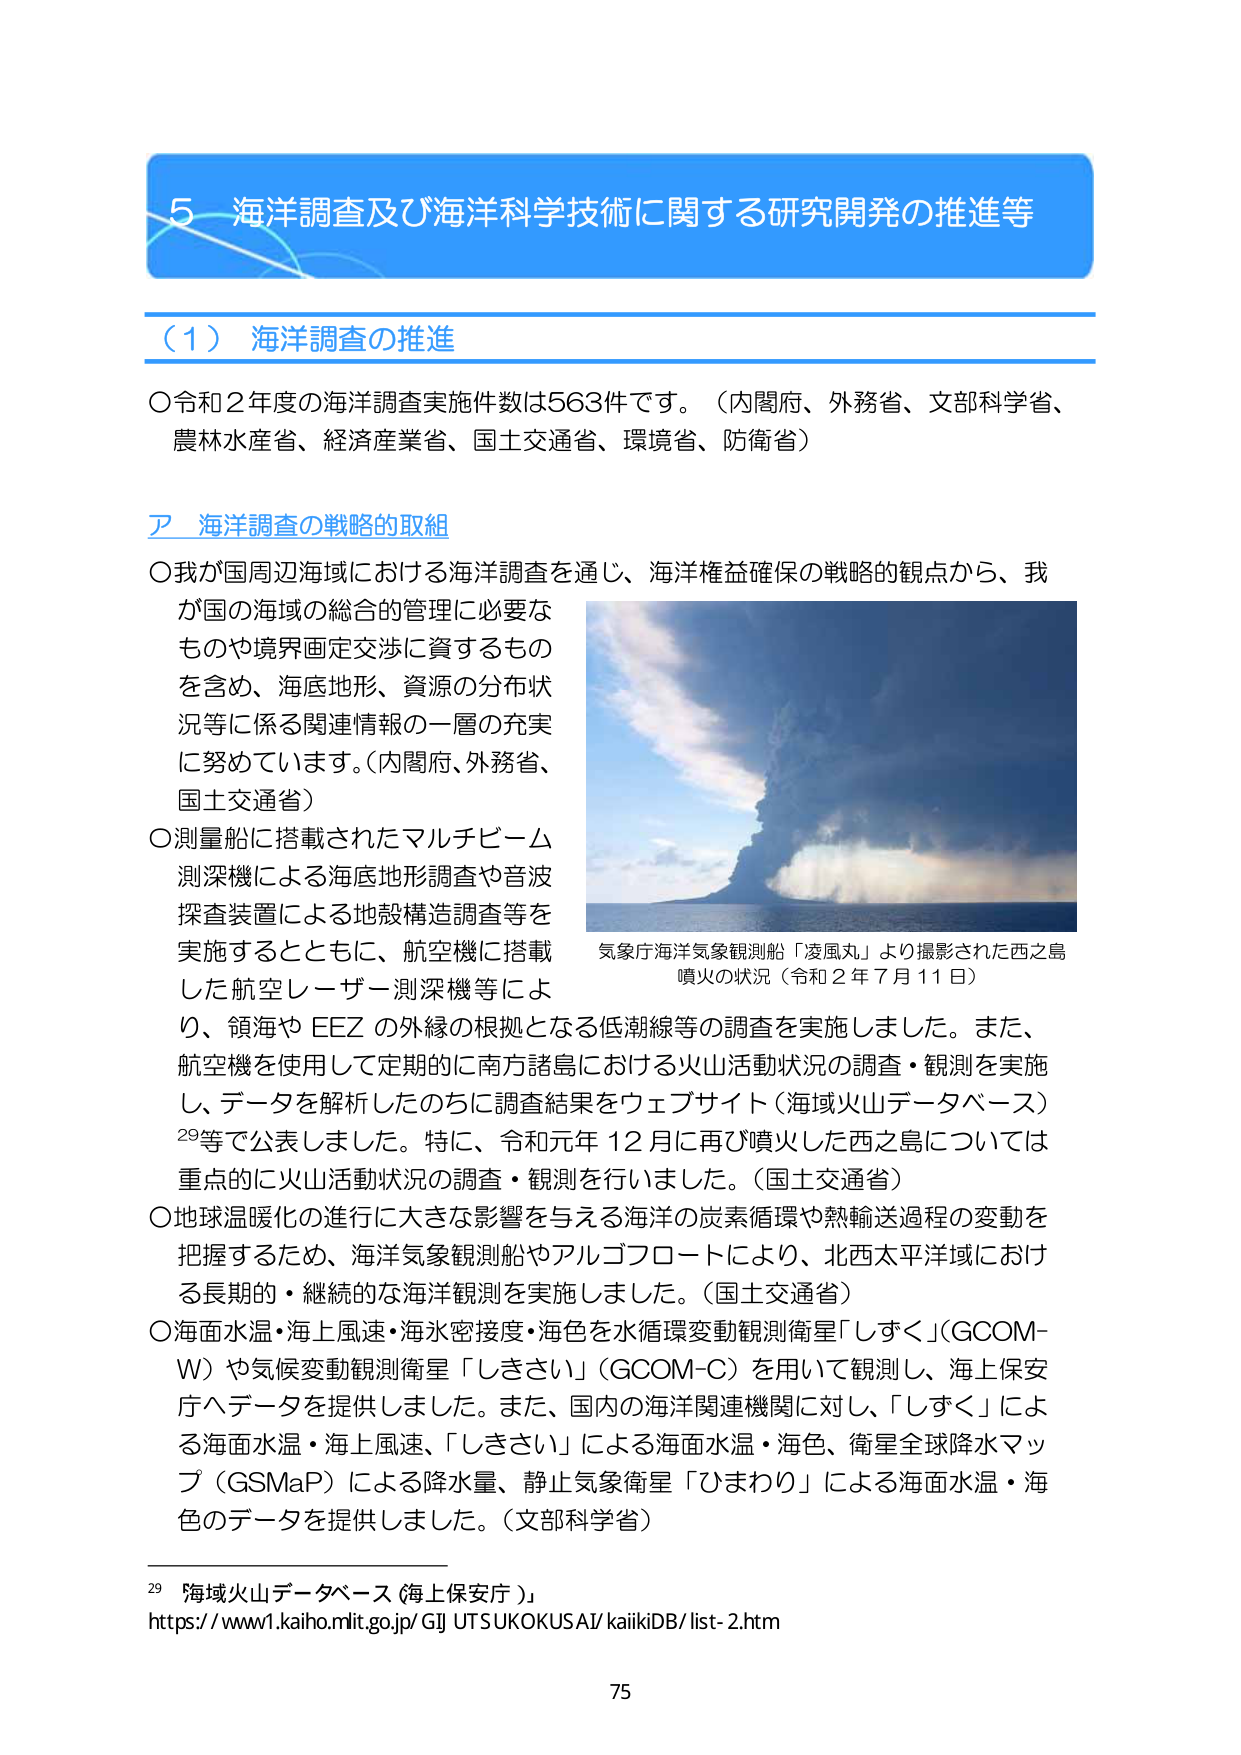
5 海洋調査及び海洋科学技術に関する研究開発の推進等

（1）海洋調査の推進

○令和2年度の海洋調査実施件数は563件です。（内閣府、外務省、文部科学省、農林水産省、経済産業省、国土交通省、環境省、防衛省）

ア 海洋調査の戦略的取組

○我が国周辺海域における海洋調査を通じ、海洋権益確保の戦略的観点から、我が国の海域の総合的管理に必要なものや境界画定交渉に資するものを含め、海底地形、資源の分布状況等に係る関連情報の一層の充実に努めています。（内閣府、外務省、国土交通省）

○測量船に搭載されたマルチビーム測深機による海底地形調査や音波探査装置による地殻構造調査等を実施するとともに、航空機に搭載した航空レーザー測深機等により、領海やEEZの外縁の根拠となる低潮線等の調査を実施しました。また、航空機を使用して定期的に南方諸島における火山活動状況の調査・観測を実施し、データを解析したのちに調査結果をウェブサイト（海域火山データベース）29等で公表しました。特に、令和元年12月に再び噴火した西之島については重点的に火山活動状況の調査・観測を行いました。（国土交通省）

○地球温暖化の進行に大きな影響を与える海洋の炭素循環や熱輸送過程の変動を把握するため、海洋気象観測船やアルゴフロートにより、北西太平洋域における長期的・継続的な海洋観測を実施しました。（国土交通省）

○海面水温・海上風速・海氷密度度・海色を水循環変動観測衛星「しずく」（GCOM-W）や気候変動観測衛星「しきさい」（GCOM-C）を用いて観測し、海上保安庁へデータを提供しました。また、国内の海洋関連機関に対し、「しずく」による海面水温・海上風速、「しきさい」による海面水温・海色、衛星全球降水マップ（GSMaP）による降水量、静止気象衛星「ひまわり」による海面水温・海色のデータを提供しました。（文部科学省）

気象庁海洋気象観測船「凌風丸」より撮影された西之島噴火の状況（令和2年7月11日）

29 海域火山データベース（海上保安庁）
https://www1.kaiho.mlit.go.jp/GJ/UTSUKOKUSAI/kaiikiDB/list-2.htm

75